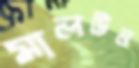
মালউন